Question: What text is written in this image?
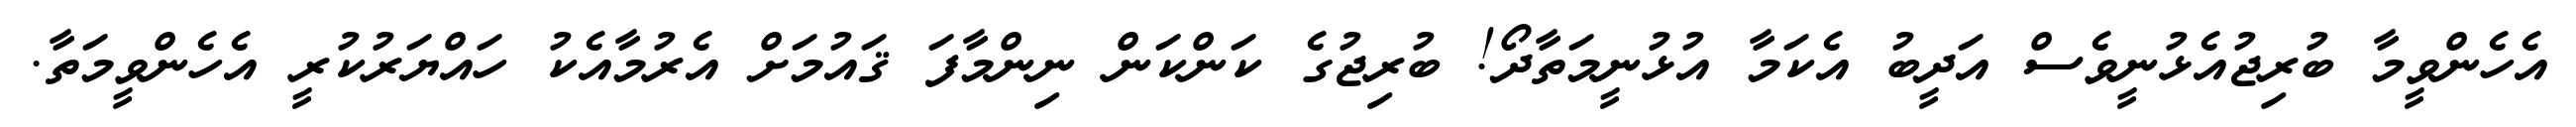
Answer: އެހެންވީމާ ބުރިޖުއެޅުނީވެސް އަދީބު އެކަމާ އުޅުނީމަތާދޯ! ބުރިޖުގެ ކަންކަން ނިންމާފަ ޤައުމަށް އެރުމާއެކު ހައްޔަރުކުރީ އެހެންވީމަތާ.